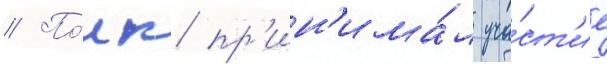
// По́лк пр'ин'има́л уча́ст'ие